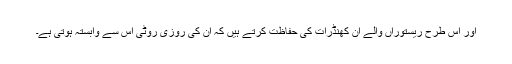
اور اس طرح ریستوراں والے ان کھنڈرات کی حفاظت کرتے ہیں کہ ان کی روزی روٹی اس سے وابستہ ہوتی ہے۔